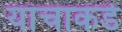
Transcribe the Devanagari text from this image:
यांचाकडे